V__Kingissepa_nim__kolhoos, lk 10
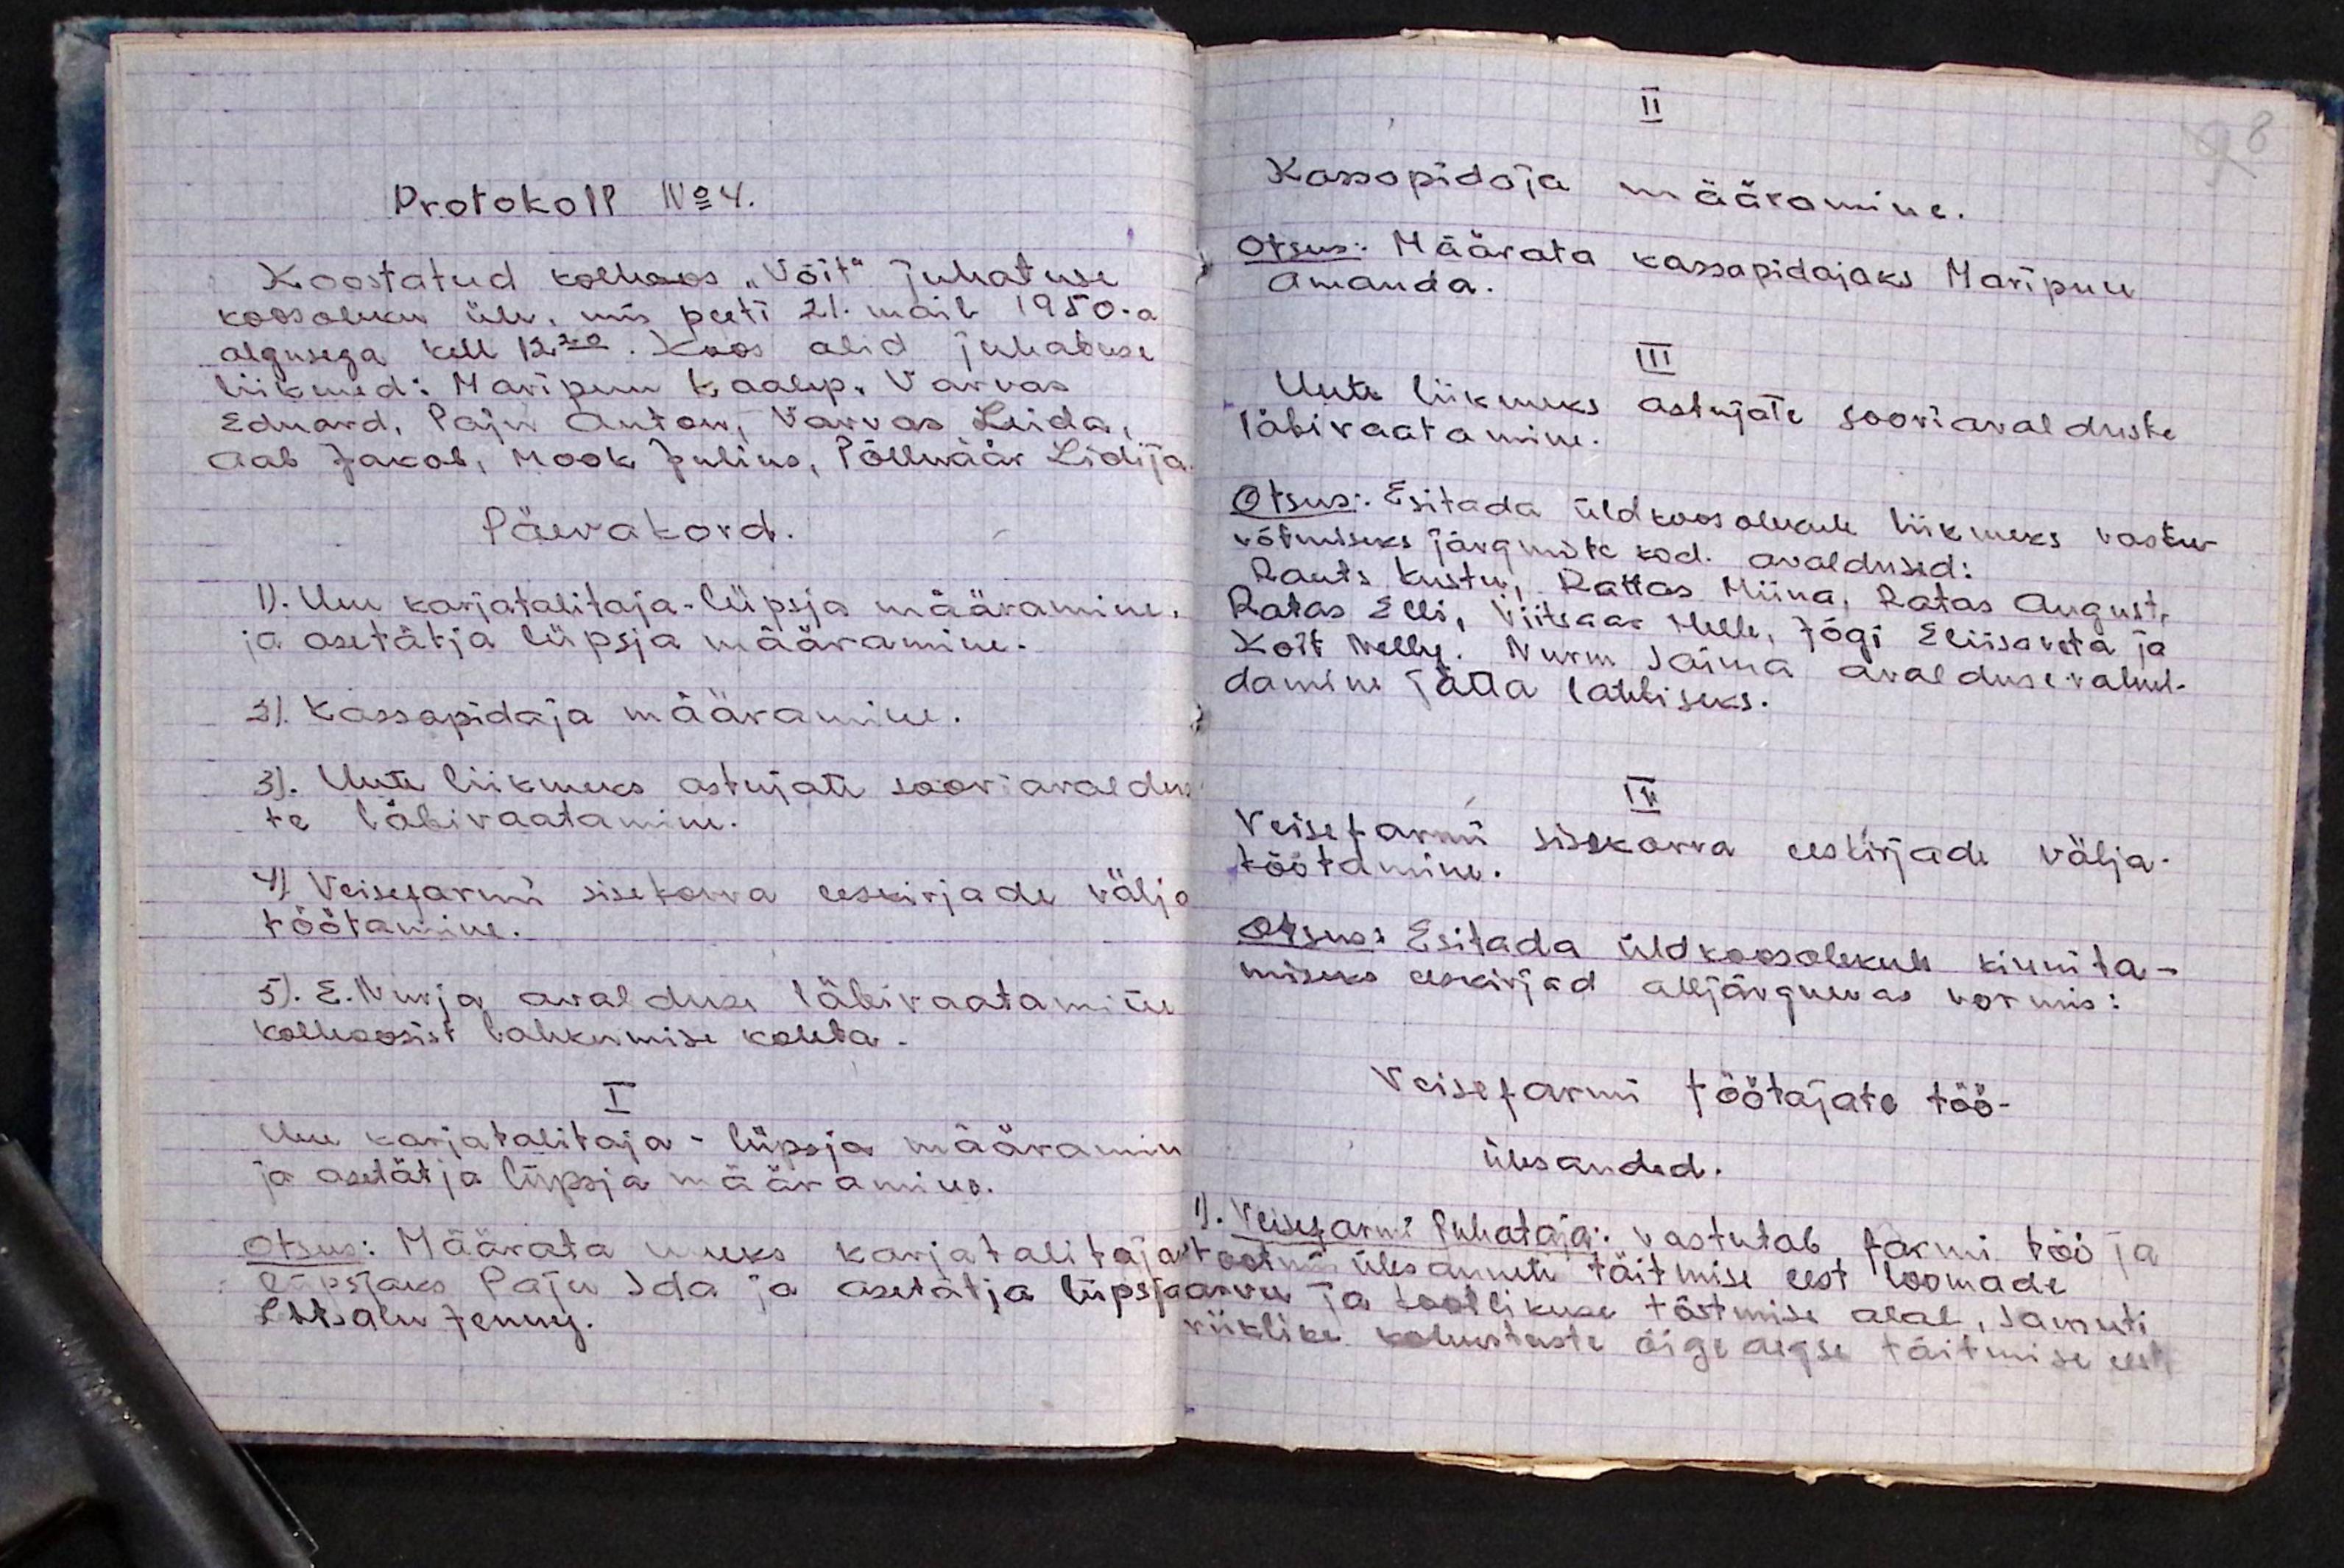
Protokoll No 4.
Koostatud kolhoos "Võit" juhatuse
koosoleku üle, mis peeti 21. mail 1950.a
algusega kell 12.20. Koos olid juhatuse
liikmed: Maripuu Kaalep. Varvas
Eduard, Paju Anton, Varvas Leida,
Aab Jakob, Mook Julius, Põlluäär Lidija.
Päevakord.
1). Uue karjatalitaja-lüpsja määramine
ja asetätja lüpsja määramine.
2). Kassapidaja määramine.
3). Uute liikmeks astujate sooviavaldu
te läbivaatamine.
4). Veisefarmi sisekorra eeskirjade välja
töötamine.
5). E.Nurja avalduse läbivaatamine
kolhoosist lahkumise kohta.
I
Uue karjatalitaja - lüpsja määramine
ja asetätja lüpsja määramine.
Otsus: Määrata uueks karjatalitaja
lüpsjaks Paju Ida ja asetätja lüpsja
Lehtsalu Jenny.

II
Kassapidaja määramine.
Otsus: Määrata kassapidajaks Maripuu
Amanda.
III
Uute liikmeks astujate sooviavalduste
läbivaatamine.
Otsus: Esitada üldkoosolekule liikmeks vastu-
võtmiseks järgmiste kod. avaldused:
Rauts Kustu, Rattas Miina, Ratas August,
Ratas Elli, Viitsaar Helle, Jõgi Eliisaveta ja
Koit Nelly. Nurm Saima avalduse rahul-
damine jätta lahtiseks.
IV
Veisefarmi sissekorra eeskirjade välja-
töötamine.
Otsus: Esitada üldkoosolekule kinnita-
miseks eeskirjad alljärgnevas vormis:
Veisefarmi töötajate töö-
ülesanded.
1. Veisefarmi juhataja: vastutab farmi töö ja
tootmis ülesannete täitmise eest loomade
arvu ja tootlikuse tõstmise alal, samuti
riiklike kohustuste õige aegse täitmise eest